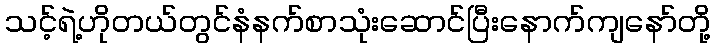
သင့်ရဲ့ဟိုတယ်တွင်နံနက်စာသုံးဆောင်ပြီးနောက်ကျနော်တို့